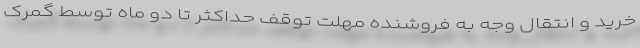
خرید و انتقال وجه به فروشنده مهلت توقف حداکثر تا دو ماه توسط گمرک